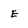
Character: E